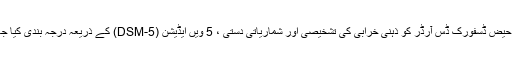
قبل از حیض ڈسفورک ڈس آرڈر کو ذہنی خرابی کی تشخیصی اور شماریاتی دستی ، 5 ویں ایڈیشن (DSM-5) کے ذریعہ درجہ بندی کیا جاتا ہے۔